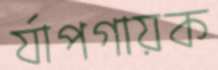
র্যাপগায়ক